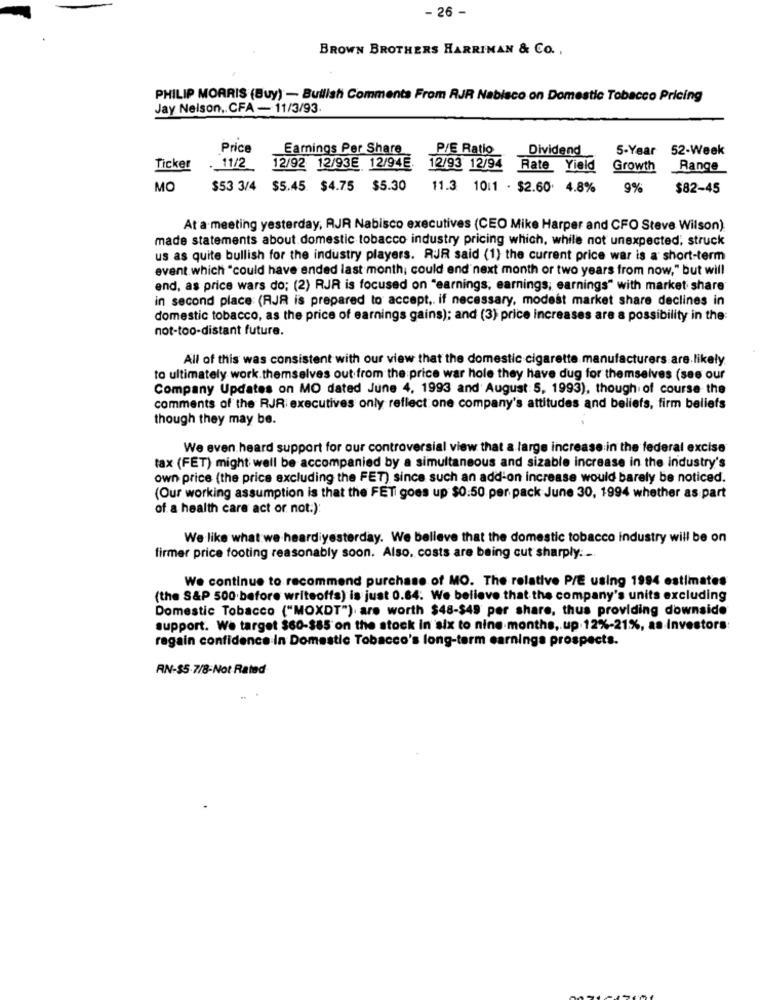
- 26 -
BROWN BROTHERS HARRIMAN & CO .,
PHILIP MORRIS (Buy) - Bullish Comments From RJR Nabisco on Domestic Tobacco Pricing
Jay Nelson ,. CFA - 11/3/93.
Price
Earnings Per Share
P/E Ratio
Dividend
5-Year
52-Week
Ticker
. 11/2
12/92 12/93E 12/94E.
12/93 12/94
Rate Yield
Growth
Range
MO
$53 3/4 $5.45 $4.75 $5.30
11.3 10:1 - $2.60. 4.8%
9%
$82-45
At a meeting yesterday, AJR Nabisco executives (CEO Mike Harper and CFO Steve Wilson)
made statements about domestic tobacco industry pricing which, while not unexpected; struck
us as quite bullish for the industry players. RJR said (1) the current price war is a short-term
event which "could have ended last month; could end next month or two years from now," but will
end, as price wars do; (2) RJR is focused on "earnings, earnings; earnings" with market share
in second place (RJR is prepared to accept, if necessary, modest market share declines in
domestic tobacco, as the price of earnings gains); and (3); price increases are a possibility in the:
not-too-distant future.
All of this was consistent with our view that the domestic cigarette manufacturers are likely
to ultimately work. themselves out from the price war hole they have dug for themselves (see our
Company Updates on MO dated June 4, 1993 and' August 5, 1993), though. of course the
comments of the RJR executives only reflect one company's attitudes and beliefs, firm beliefs
though they may be.
We even heard support for our controversial view that a large increase in the federal excise
tax (FET) might well be accompanied by a simultaneous and sizable increase in the industry's
own price (the price excluding the FET) since such an add-on increase would barely be noticed.
(Our working assumption is that the FET goes up $0:50 per pack June 30, 1994 whether as part
of a health care act or not.):
We like what we heardiyesterday. We believe that the domestic tobacco industry will be on
firmer price footing reasonably soon. Also, costs are being cut sharply ..
We continue to recommend purchase of MO. The relative P/E using 1994 estimates
(the S&P 500 before writeoffs) is just 0.84. We believe that the company's units excluding
Domestic Tobacco ("MOXDT") are worth $48-$49 per share, thus providing downside
support. We target $60-385 on the stock in six to nine months, up.12%-21%, as Investors
regain confidence in Domestic Tobacco's long-term earnings prospects.
RN-35-7/8-Not Rated